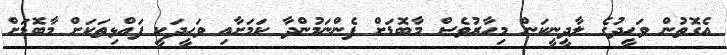
އެގޮތުން ވަހީދުގެ ލާދީނީކަން މިހާރުވެސް މާބޮޑަށް ފެންނަމުންދާ ކަމަށާއި ވަހީދަކީ ފައްޅިތަކަށް މާބޮޑަށް